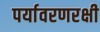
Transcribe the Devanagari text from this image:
पर्यावरणरक्षी